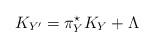
LaTeX: \begin{align*}K_{Y'}= \pi_Y^\star K_Y+ \Lambda\end{align*}